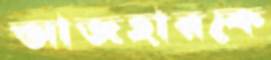
আজহারকে